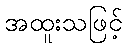
အထူးသဖြင့်